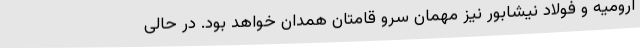
ارومیه و فولاد نیشابور نیز مهمان سرو قامتان همدان خواهد بود. در حالی